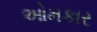
ઓમકાર